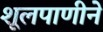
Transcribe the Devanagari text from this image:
शूलपाणीने